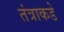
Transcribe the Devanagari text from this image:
तंत्राकडे